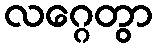
လဂ္ဂေတွာ